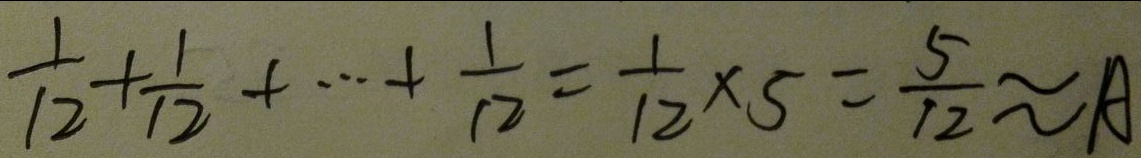
\frac { 1 } { 1 2 } + \frac { 1 } { 1 2 } + \cdots + \frac { 1 } { 1 2 } = \frac { 1 } { 1 2 } \times 5 = \frac { 5 } { 1 2 } \approx A